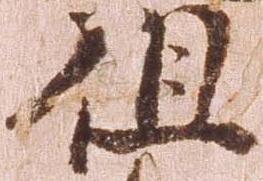
但